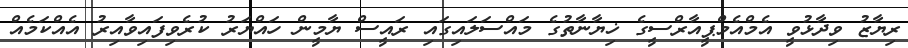
ރިޔާޒު ވިދާޅުވީ އެމްއެމްޕީއާރްސީގެ ޚިޔާނާތުގެ މައްސަލައިގައި ރައީސް ޔާމީން ހައްޔަރު ކުރެވިފައިވާއިރު އެއްކަމެއް